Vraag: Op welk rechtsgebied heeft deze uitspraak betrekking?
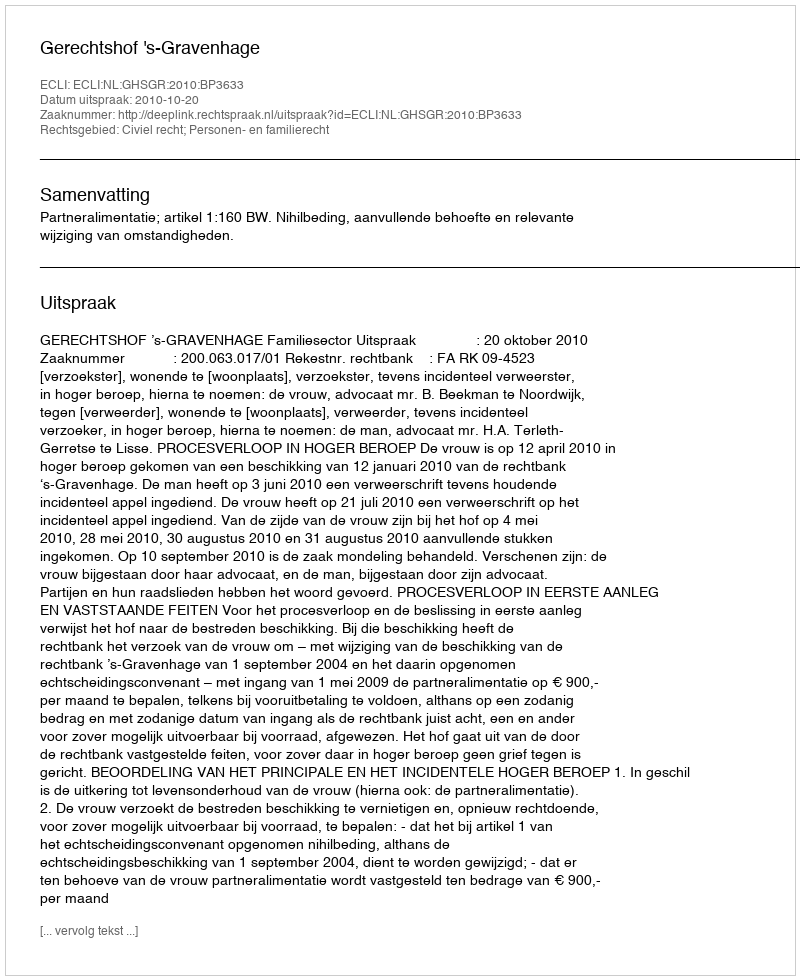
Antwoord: Civiel recht; Personen- en familierecht